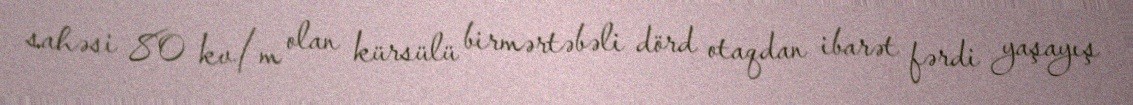
sahəsi 80 kv/m olan kürsülü birmərtəbəli dörd otaqdan ibarət fərdi yaşayış